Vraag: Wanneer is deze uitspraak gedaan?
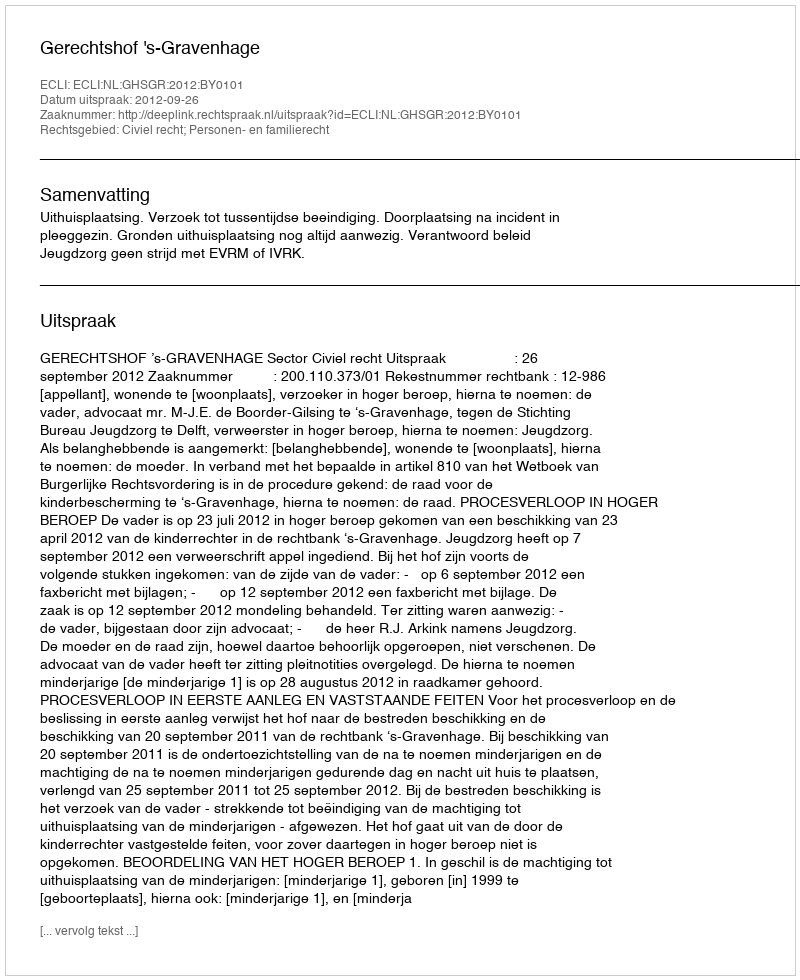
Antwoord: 2012-09-26